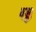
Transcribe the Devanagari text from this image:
वङ्का